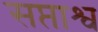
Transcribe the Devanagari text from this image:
सप्ताश्व